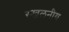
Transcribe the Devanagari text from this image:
स्खलनीय